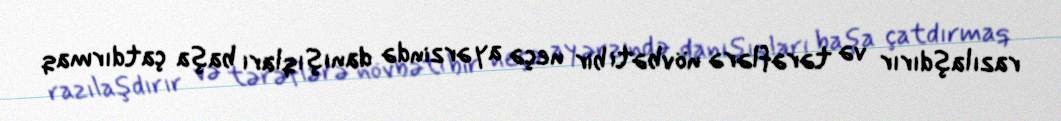
razılaşdırır və tərəflərə növbəti bir neçə ay ərzində danışıqları başa çatdırmaq